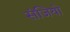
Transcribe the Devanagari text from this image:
संजियो